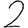
Digit: 2